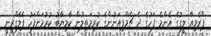
ޕްރެމިއާ ލީގުގެ އެންމެ ފަހުގެ ދެ ޗެމްޕިއަނުންގެ ކުރިމަތިލުން ކާމިޔާބު ކުރުމަށްފަހު ޕެލެގްރީނީ